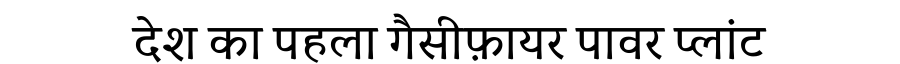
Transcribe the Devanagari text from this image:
देश का पहला गैसीफ़ायर पावर प्लांट